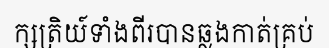
ក្សត្រិយ៍ទាំងពីរបានឆ្លងកាត់គ្រប់